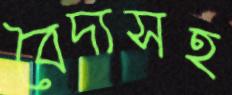
বৈদ্যসহ